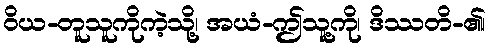
ဝိယ-တူသူကိုကဲ့သို့၊ အယံ-ဤသူ့ကို၊ ဒိဿတိ-၏၊